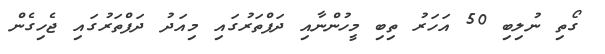
ގޯތި ނުލިބި 50 އަހަރު ތިބި މީހުންނާއި ދަފްތަރުގައި މިއަދު ދަފްތަރުގައި ޖެހިގެން